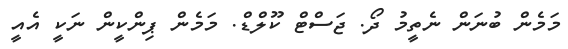
މަމެން ބުނަން ނެތީމު ދޯ. ޖަސްޓް ކޫލްޑް. މަމެން ޕިންކީން ނަކީ އެއީ